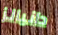
دانيالز